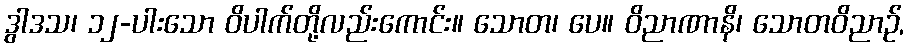
ဒွါဒသ၊ ၁၂-ပါးသော ဝိပါက်တို့လည်းကောင်း။ သောတ၊ ပေ။ ဝိညာဏာနိ၊ သောတဝိညာဉ်,